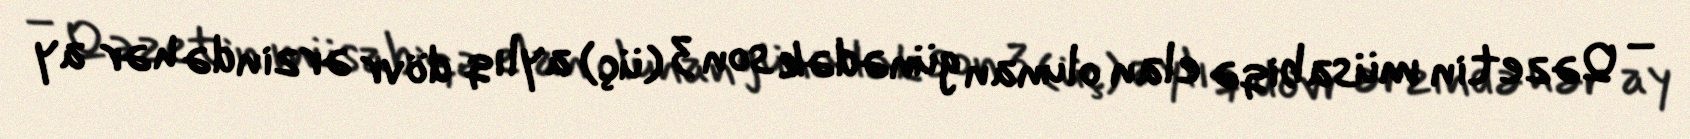
– Qəzetin müsabiqə elan olunan günədək son 3 (üç) aylıq dövr ərzində hər ay